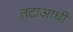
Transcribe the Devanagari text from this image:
तटाआधी